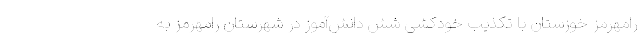
رامهرمز خوزستان با تکذیب خودکشی شش دانش‌آموز در شهرستان رامهرمز به